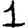
Digit: 1